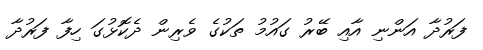
ފަރުދާ އަންނި އާއި ބޭރު ގައުމު ތަކުގެ ވެރިން ދެކޮޅުގަ ހިފާ ފަރުދާ